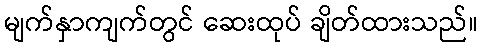
မျက်နှာကျက်တွင် ဆေးထုပ် ချိတ်ထားသည်။